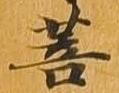
菩